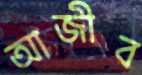
আজীব